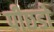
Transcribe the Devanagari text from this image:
पीछडो